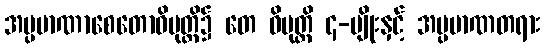
အပ္ပမာဏာစေတောဝိမုတ္တိ၌ တေ ဝိမုတ္တိ ၄-မျိုးနှင့် အပ္ပမာဏတရား